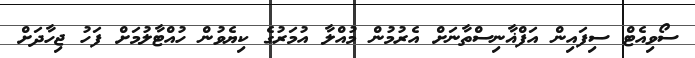
ސޯވިއެޓް ސިފައިން އަފްޣާނިސްތާނަށް އެރުމުން މުއްލާ އުމަރުގެ ކިޔެވުން ހުއްޓާލުމަށް ފަހު ޖިހާދަށް